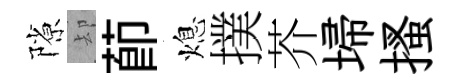
隙却莭熄撲芥埽搔